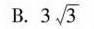
B.3 \sqrt{3}